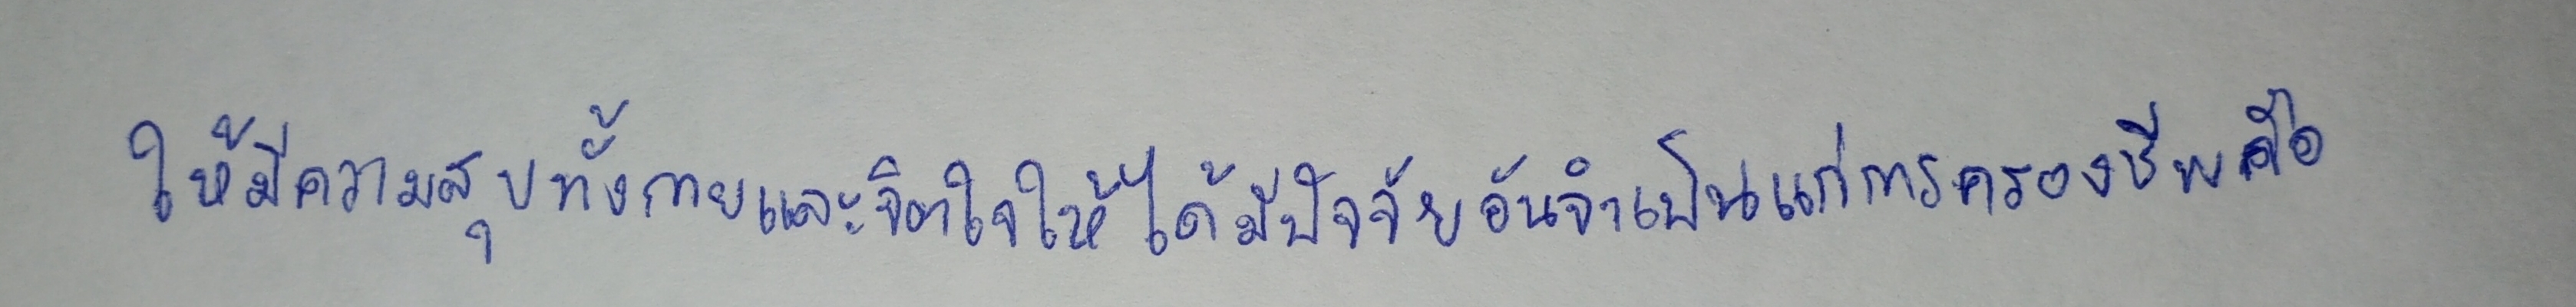
ให้มีความสุขทั้งทางกายและจิตใจให้ได้มีปัจจัยอันจำเป็นแก่การครองชีพคือ